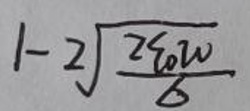
$1 - 2\sqrt{\frac{26w}{6}}$